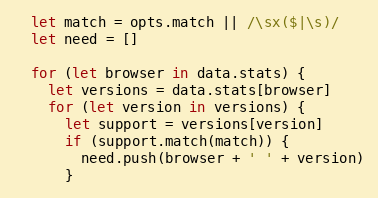
Language: JavaScript
  let match = opts.match || /\sx($|\s)/
  let need = []

  for (let browser in data.stats) {
    let versions = data.stats[browser]
    for (let version in versions) {
      let support = versions[version]
      if (support.match(match)) {
        need.push(browser + ' ' + version)
      }